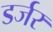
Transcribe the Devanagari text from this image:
डर्जर